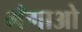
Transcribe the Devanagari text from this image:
मँगाओ